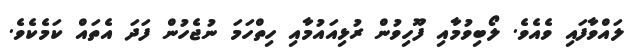
ލައްވާފައި ވެއެވެ. ލޯބިވުމާއި ފޫހިވުން ރުޅިއައުމާއި ހިތްހަމަ ނުޖެހުން ފަދަ އެތައް ކަމެކެވެ.